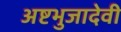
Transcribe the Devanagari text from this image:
अष्टभुजादेवी